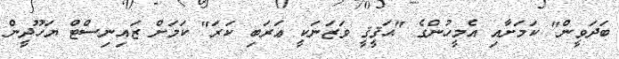
ބަދަވީން" ކަމަށާއި އެމީހުންގެ "ޙަޤީޤީ ވަޒަނަކީ ޢަރަބި ކަރަ" ކަމަށް ޒައިނިސްޓް ޔަހޫދީން